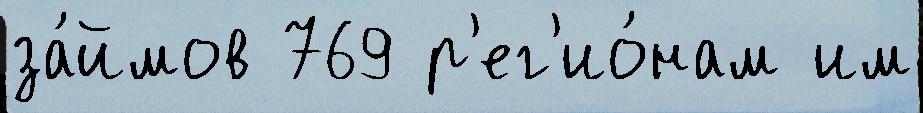
за́ймов 769 р'ег'ио́нам им